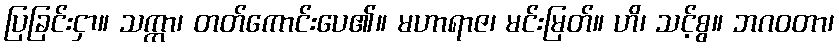
ပြခြင်းငှာ။ သက္ကာ၊ တတ်ကောင်းပေ၏။ မဟာရာဇ၊ မင်းမြတ်။ ဟိ၊ သင့်စွ။ ဘဂဝတာ၊